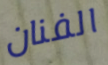
الفنان